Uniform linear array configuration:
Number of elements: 12
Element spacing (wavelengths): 0.25
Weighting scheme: cosine
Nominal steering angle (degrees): -45
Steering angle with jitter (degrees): -46.237
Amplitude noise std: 0.05
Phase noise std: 0.05

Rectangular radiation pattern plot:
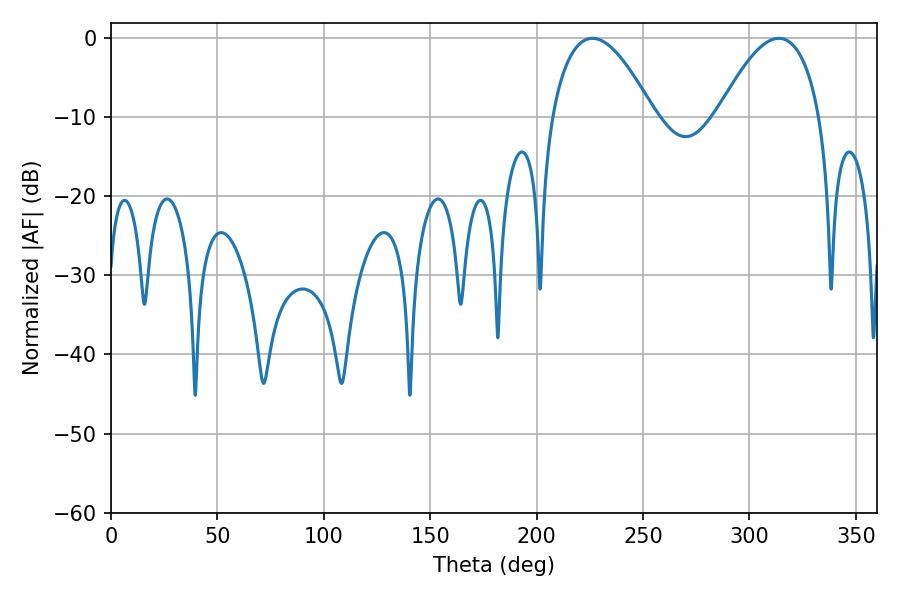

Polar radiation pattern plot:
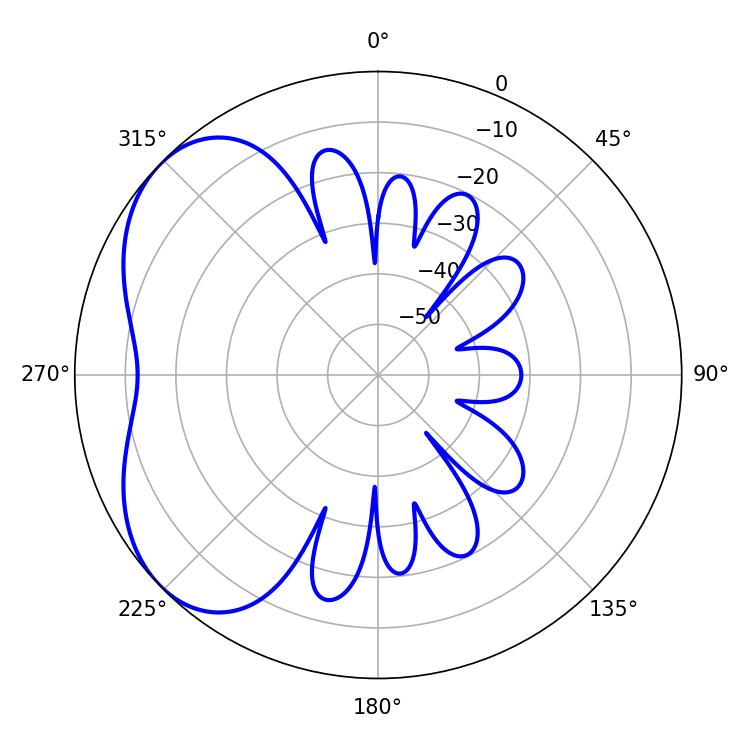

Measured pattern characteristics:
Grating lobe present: FALSE
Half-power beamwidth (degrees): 26.28
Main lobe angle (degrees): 226.26